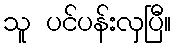
သူ ပင်ပန်းလှပြီ။